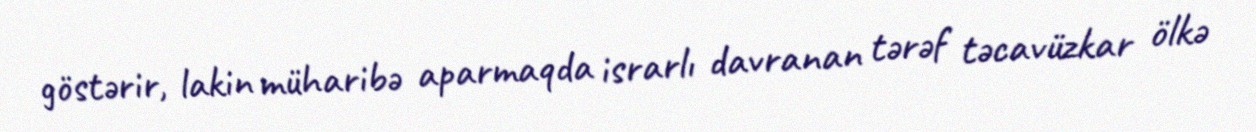
göstərir, lakin müharibə aparmaqda israrlı davranan tərəf təcavüzkar ölkə